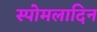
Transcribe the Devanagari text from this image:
स्पोमलादिन